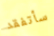
سأتفقد